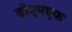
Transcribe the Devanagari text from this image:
डीएमएफ